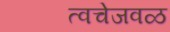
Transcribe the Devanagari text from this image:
त्वचेजवळ